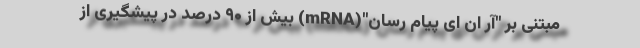
مبتنی بر "آر ان ای پیام رسان"(mRNA) بیش از ۹۰ درصد در پیشگیری از